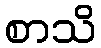
စာသိ